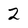
Character: 2